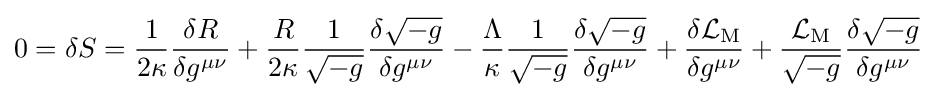
0=\delta S={\frac {1}{2\kappa }}{\frac {\delta R}{\delta g^{\mu \nu }}}+{\frac {R}{2\kappa }}{\frac {1}{\sqrt {-g}}}{\frac {\delta {\sqrt {-g}}}{\delta g^{\mu \nu }}}-{\frac {\Lambda }{\kappa }}{\frac {1}{\sqrt {-g}}}{\frac {\delta {\sqrt {-g}}}{\delta g^{\mu \nu }}}+{\frac {\delta {\mathcal {L}}_{\mathrm {M} }}{\delta g^{\mu \nu }}}+{\frac {{\mathcal {L}}_{\mathrm {M} }}{\sqrt {-g}}}{\frac {\delta {\sqrt {-g}}}{\delta g^{\mu \nu }}}